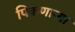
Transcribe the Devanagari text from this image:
पिकणाऱ्या